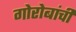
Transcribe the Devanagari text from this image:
गोरोबांची